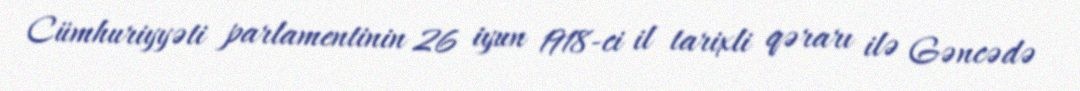
Cümhuriyyəti parlamentinin 26 iyun 1918-ci il tarixli qərarı ilə Gəncədə